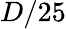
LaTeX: D/25